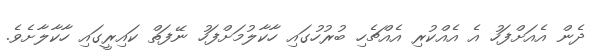
ދެން އެއަށްފަހު އެ އެއްކުރި އެއްޗެހި ބުރުހުގައި ހާކާލުމަށްފަހު ނޭފަތް ކައިރީގައި ހާކާލާށެވެ.